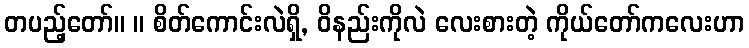
တပည့်တော်။ ။ စိတ်ကောင်းလဲရှိ, ဝိနည်းကိုလဲ လေးစားတဲ့ ကိုယ်တော်ကလေးဟာ